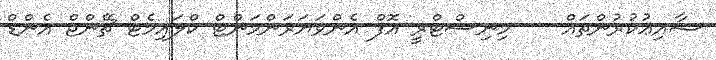
ޝާއިޢުކުރުންތައް    މިނިސްޓްރީ އޮފް އެންވަޔަރަންމަންޓް ކްލައިމެޓް ޗޭންޖް އެންޑް